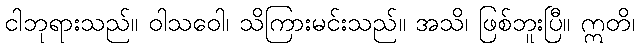
ငါဘုရားသည်။ ဝါသဝေါ၊ သိကြားမင်းသည်။ အသိ၊ ဖြစ်ဘူးပြီ။ ဣတိ၊